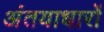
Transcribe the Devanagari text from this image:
अंतयाधारों